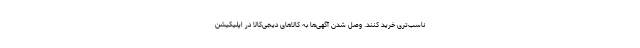
ناسب‌تری خرید کنند. وصل شدن آگهی‌ها به کالاهای دیجی‌کالا در اپلیکیشن